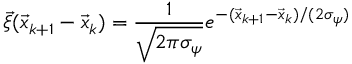
\vec { \xi } ( \vec { x } _ { k + 1 } - \vec { x } _ { k } ) = \frac { 1 } { \sqrt { 2 \pi \sigma _ { \psi } } } e ^ { - ( \vec { x } _ { k + 1 } - \vec { x } _ { k } ) / ( 2 \sigma _ { \psi } ) }